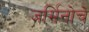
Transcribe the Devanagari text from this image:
जर्मिनोचे